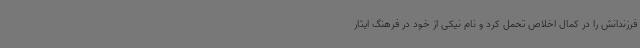
فرزندانش را در کمال اخلاص تحمل کرد و نام نیکی از خود در فرهنگ ایثار